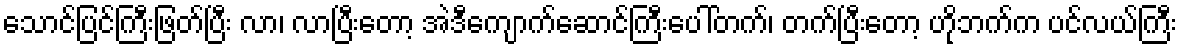
သောင်ပြင်ကြီးဖြတ်ပြီး လာ၊ လာပြီးတော့ အဲဒီကျောက်ဆောင်ကြီးပေါ်တက်၊ တက်ပြီးတော့ ဟိုဘက်က ပင်လယ်ကြီး